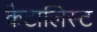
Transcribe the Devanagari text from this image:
कैटालिस्ट